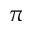
\pi